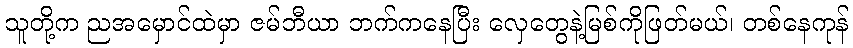
သူတို့က ညအမှောင်ထဲမှာ ဇမ်ဘီယာ ဘက်ကနေပြီး လှေတွေနဲ့မြစ်ကိုဖြတ်မယ်၊ တစ်နေကုန်